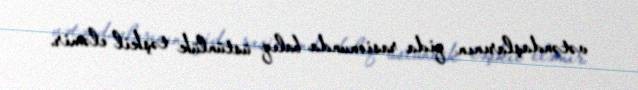
vətəndaşlarının qida rasionunda balıq üstünlük təşkil eləmir.